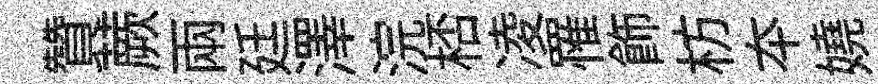
贊蕨兩廷澤浣桮凌罹飾枋夲嬈